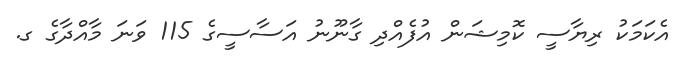
އެކަމަކު ރިޔާސީ ކޮމިޝަން އުފެއްދި ގާނޫނު އަސާސީގެ 115 ވަނަ މާއްދާގެ ގ.